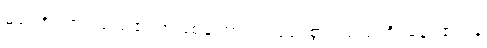
မလောင်အပ်သည်၏ အဖြစ်ကြောင့်။ သုခံ၊ စွာ။ သယတိ၊ နေရ၏။ န